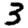
Digit: 3